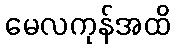
မေလကုန်အထိ